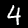
Label: 4